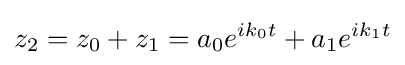
z_{2}=z_{0}+z_{1}=a_{0}e^{ik_{0}t}+a_{1}e^{ik_{1}t}